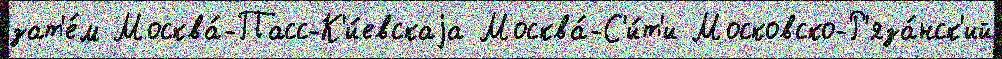
зат'е́м Москва́-Пасс-К'и́евскаjа Москва́-С'и́т'и Московско-Р'яза́нск'ий